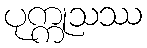
ပုက္ကုသဿ